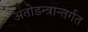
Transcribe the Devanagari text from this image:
अतोडन्त्रान्तर्गत